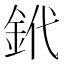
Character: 𨥶